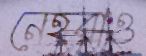
নেহরাও